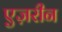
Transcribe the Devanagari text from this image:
एज़रीन